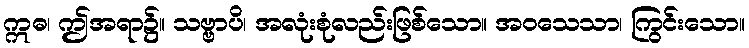
ဣဓ၊ ဤအရာ၌။ သဗ္ဗာပိ၊ အလုံးစုံလည်းဖြစ်သော။ အဝသေသာ၊ ကြွင်းသော။